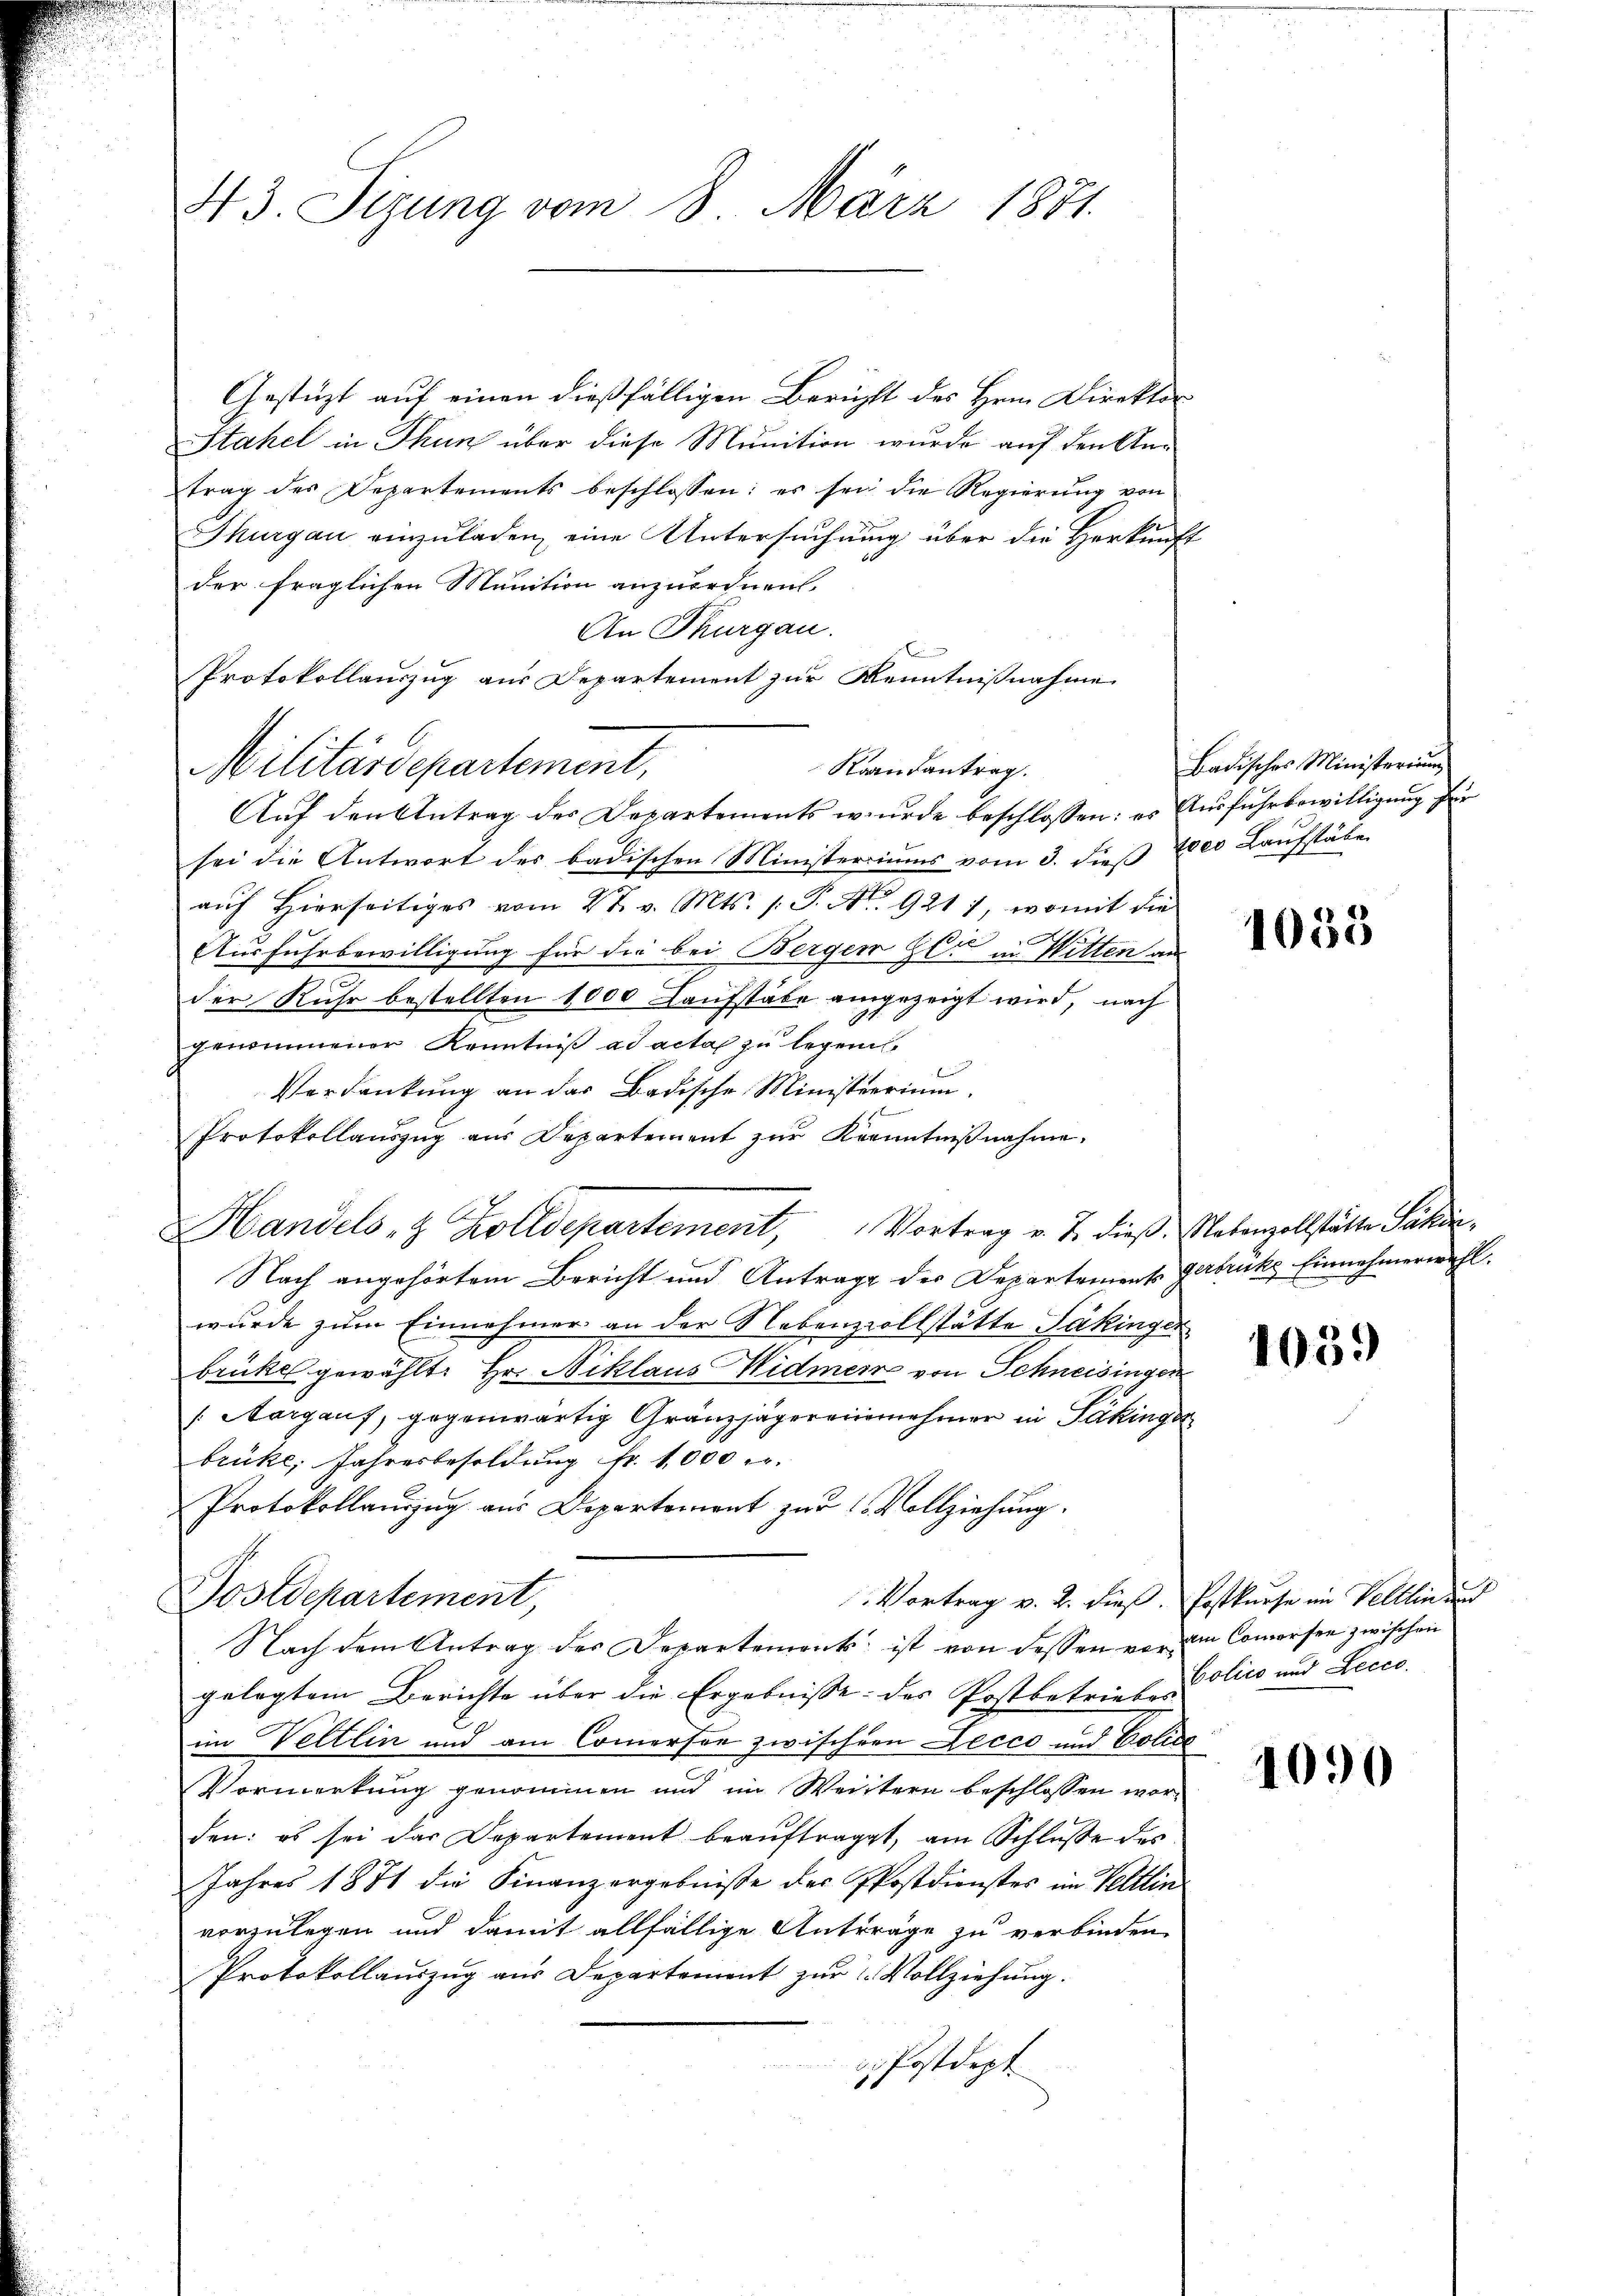
43. Sezung vom 8. März 1881.

Militärdepartement,

Gestüzt auf einen dießfälligen Bericht des Hrn. Direktor
Stahel in Thun über diese Munition wurde auf den Antrag des Departements beschlossen: es sei die Regierung von
Thurgau einzuladen, eine Untersuchung über die Herkunft
der fraglichen Munition anzuordnen,
An Thurgau.
Protokollauszug aus Departement zur Kenntnißnahme
Raandantrag.
Auf den Antrag des Departements wurde beschlossen: es Ausfuhrbewilligung für
sei die Antwort des badischen Ministeriums vom 3. dieβ 7800 Laufstäle
aŭf hierseitiges vom 27. v. Mts. /: P. Nr. 9217, womit die
Ausfuhrbewilligung für die bei Bergen Gli in Witten aus
.
der Kuhr bestellten 1000 Kaufstäbe angezeigt wird, nach
genommener Kenntniß ad acta zu legend
Verdankung an der Badische Ministerium.
Protokollanszŭg aŭs Departement zŭr Kranntniβnahme.
Handels- & Zolldepartement, Vortrag v. J. dieß Makenzollstätte Paten,
Nach angehörtem Bericht und Antrage der Departements Gebrüke Einnehmerwahl.
wurde zum Einnahmer an der Nebenzollstätte Säkinger
brükel gewählt: Hr. Niklaus Widmer von Schneisingen
Margauf, gegenwärtig Gränzjägereinnehmer in Pakinge
brüke Jahresbesoldung Nr. 1000 r.
Protokollauszug aus Departement zur Vollziehung.
Postdepartement,
Vortrag v. 2. dieß. Postkurse im Veltlin und
Nach dem Antrag des Departement ist von dessen vor im Comersee zwischen
gelegtem Berichte über die Ergebnisse: des Postbetriebe Polico und Lecco
im Veltlin und am Comerson zwischen Lecco und Police
Vormerkung genommen und im Weistern beschlossen worden: es sei das Departement beaŭftragt, am Schlŭsse des
Jahres 1881 die Finanzergebnisse des Postdienstes im Veltlin
vorzulegen und damit allfällige Anträge zu verbinden.
Protokollauszug aus Departement zur Vollziehung.
d. Postdept.

Badisches Ministerium

1055

1039

1090